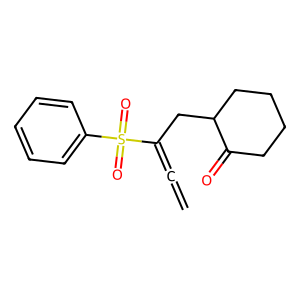
SMILES: C=C=C(CC1CCCCC1=O)S(=O)(=O)c1ccccc1
Inhibits HIV replication: No